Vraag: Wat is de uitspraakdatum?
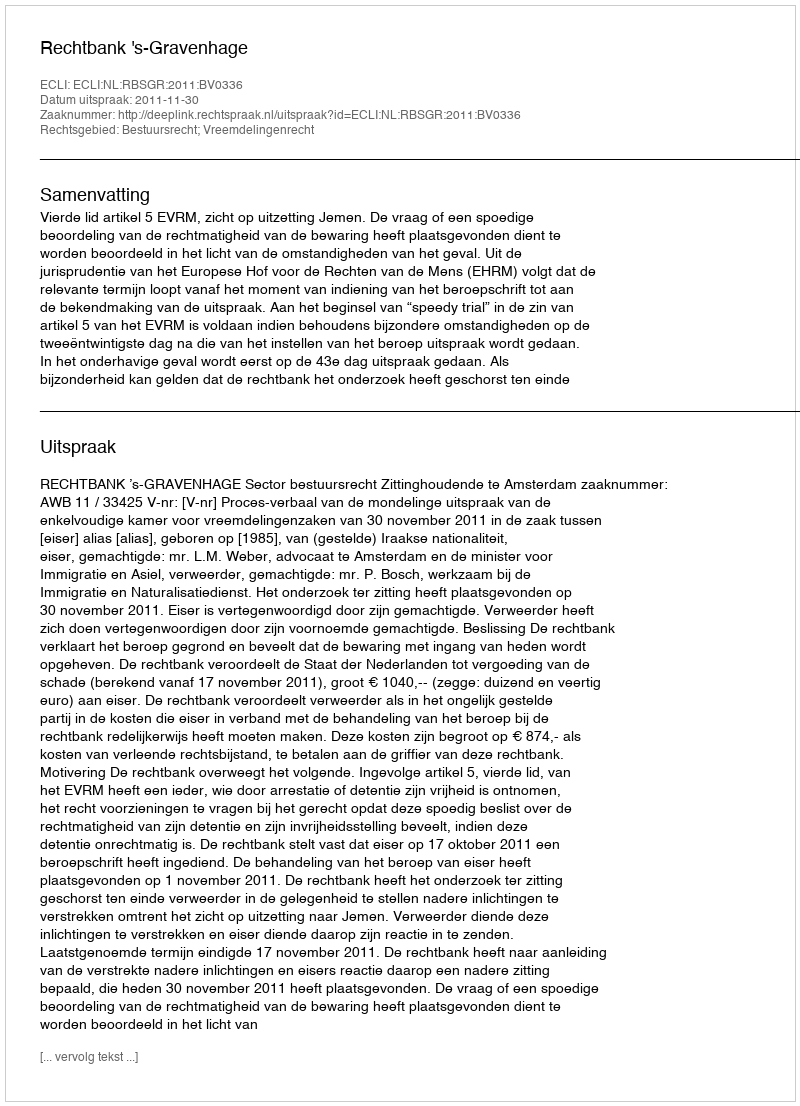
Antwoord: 2011-11-30